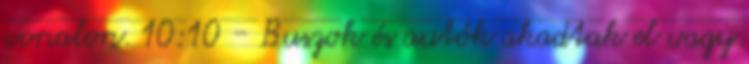
vonalon. 10:10 - Buszok és autók akadtak el vagy